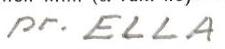
pr. ELLA